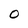
Character: O